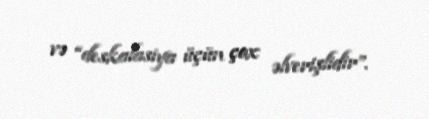
və “deskalasiya üçün çox əlverişlidir”.